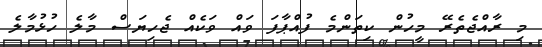
މި ރާއްޖެތެރޭ މީހުން ކިތަންމެ ފުއްޕާފަ ވައް ވަކެއް ޖެހިޔަސް މާލެ ހުޅުމާލެ